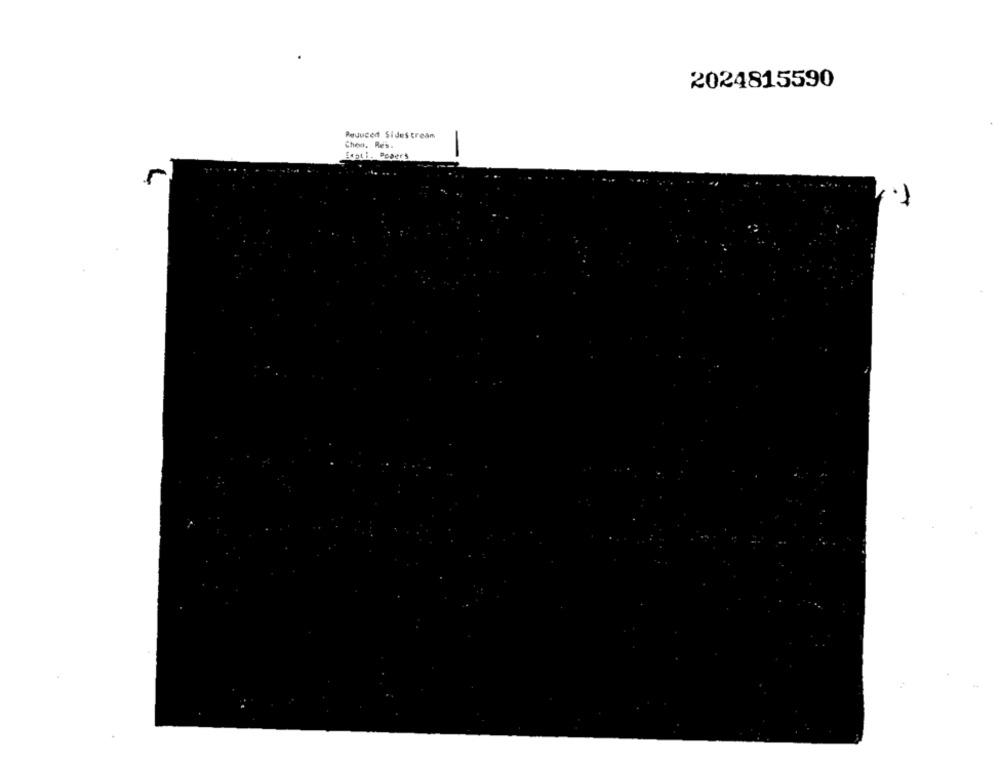
2024815590
Peuuced Sides tream
Chen. Res.
Expti. Popers
r